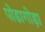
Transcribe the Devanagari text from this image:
पोडागोड़ा